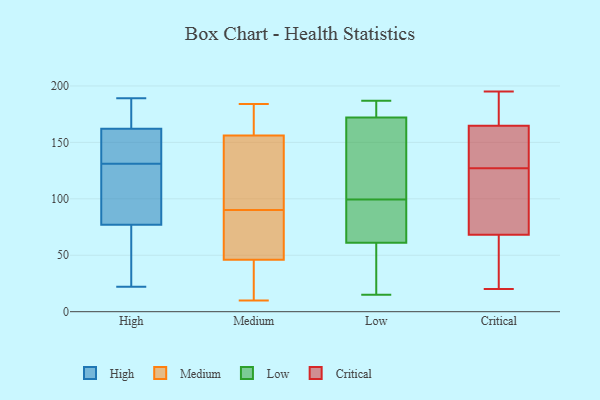
{"axis": {"x": "LTV (USD)", "y": "Value"}, "legend": ["Critical", "High", "Low", "Medium"], "data": [{"x": "", "y": 156, "type": "High"}, {"x": "", "y": 169, "type": "High"}, {"x": "", "y": 22, "type": "High"}, {"x": "", "y": 145, "type": "High"}, {"x": "", "y": 189, "type": "High"}, {"x": "", "y": 58, "type": "High"}, {"x": "", "y": 77, "type": "High"}, {"x": "", "y": 117, "type": "High"}, {"x": "", "y": 162, "type": "High"}, {"x": "", "y": 115, "type": "High"}, {"x": "", "y": 77, "type": "Medium"}, {"x": "", "y": 14, "type": "Medium"}, {"x": "", "y": 126, "type": "Medium"}, {"x": "", "y": 64, "type": "Medium"}, {"x": "", "y": 90, "type": "Medium"}, {"x": "", "y": 79, "type": "Medium"}, {"x": "", "y": 134, "type": "Medium"}, {"x": "", "y": 163, "type": "Medium"}, {"x": "", "y": 176, "type": "Medium"}, {"x": "", "y": 10, "type": "Medium"}, {"x": "", "y": 11, "type": "Medium"}, {"x": "", "y": 184, "type": "Medium"}, {"x": "", "y": 136, "type": "Medium"}, {"x": "", "y": 40, "type": "Medium"}, {"x": "", "y": 141, "type": "Medium"}, {"x": "", "y": 38, "type": "Medium"}, {"x": "", "y": 161, "type": "Medium"}, {"x": "", "y": 167, "type": "Medium"}, {"x": "", "y": 88, "type": "Medium"}, {"x": "", "y": 15, "type": "Low"}, {"x": "", "y": 74, "type": "Low"}, {"x": "", "y": 108, "type": "Low"}, {"x": "", "y": 177, "type": "Low"}, {"x": "", "y": 118, "type": "Low"}, {"x": "", "y": 187, "type": "Low"}, {"x": "", "y": 60, "type": "Low"}, {"x": "", "y": 15, "type": "Low"}, {"x": "", "y": 62, "type": "Low"}, {"x": "", "y": 174, "type": "Low"}, {"x": "", "y": 17, "type": "Low"}, {"x": "", "y": 66, "type": "Low"}, {"x": "", "y": 164, "type": "Low"}, {"x": "", "y": 170, "type": "Low"}, {"x": "", "y": 175, "type": "Low"}, {"x": "", "y": 98, "type": "Low"}, {"x": "", "y": 86, "type": "Low"}, {"x": "", "y": 176, "type": "Low"}, {"x": "", "y": 57, "type": "Low"}, {"x": "", "y": 101, "type": "Low"}, {"x": "", "y": 170, "type": "Critical"}, {"x": "", "y": 166, "type": "Critical"}, {"x": "", "y": 149, "type": "Critical"}, {"x": "", "y": 127, "type": "Critical"}, {"x": "", "y": 53, "type": "Critical"}, {"x": "", "y": 140, "type": "Critical"}, {"x": "", "y": 195, "type": "Critical"}, {"x": "", "y": 20, "type": "Critical"}, {"x": "", "y": 90, "type": "Critical"}, {"x": "", "y": 177, "type": "Critical"}, {"x": "", "y": 158, "type": "Critical"}, {"x": "", "y": 47, "type": "Critical"}, {"x": "", "y": 105, "type": "Critical"}, {"x": "", "y": 161, "type": "Critical"}, {"x": "", "y": 190, "type": "Critical"}, {"x": "", "y": 72, "type": "Critical"}, {"x": "", "y": 35, "type": "Critical"}, {"x": "", "y": 76, "type": "Critical"}, {"x": "", "y": 67, "type": "Critical"}]}